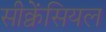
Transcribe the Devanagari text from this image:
सीक्वेंसियल